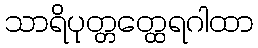
သာရိပုတ္တတ္ထေရဂါထာ